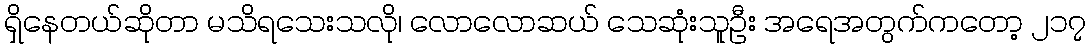
ရှိနေတယ်ဆိုတာ မသိရသေးသလို၊ လောလောဆယ် သေဆုံးသူဦး အရေအတွက်ကတော့ ၂၁၇